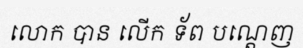
លោក បាន លើក ទ័ព បណ្តេញ